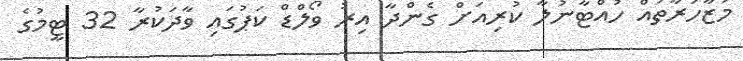
މުޒާހަރާތައް ހުއްޓާނުލާ ކުރިއަށް ގެންދާ އިރު ވޯލްޑް ކަޕުގައި ވާދަކުރާ 32 ޓީމުގެ